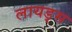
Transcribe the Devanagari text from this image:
लायड्स